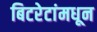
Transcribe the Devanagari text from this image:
बिटरेटांमधून